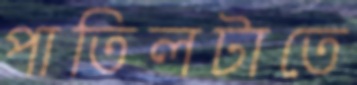
পাতিলটাতে